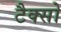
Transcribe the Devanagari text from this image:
टैक्सो